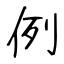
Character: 例